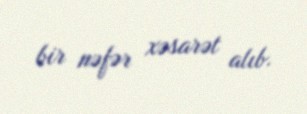
bir nəfər xəsarət alıb.